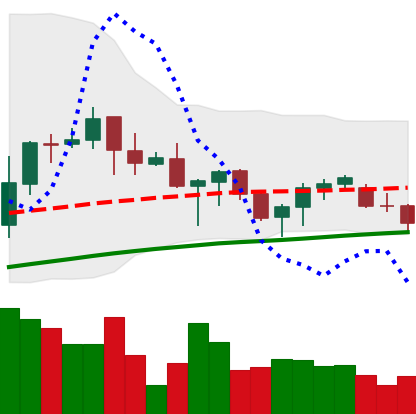
Ticker: ADA-USD
Chart end date: 2021-06-18
Forward return: -11.481%
Label: down_7plus